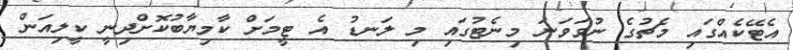
އެޓޭކެއްގައި މެޗުގެ ނުވަވަނަ މިނެޓުގައި މި ލަނޑު އެ ޓީމަށް ކާމިޔާބުކޮށްދިނީ ކީލިއަން